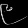
Digit: ၉